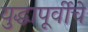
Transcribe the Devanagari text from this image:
युद्धापूर्वीचे